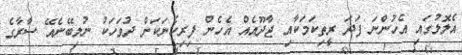
އެލޮލުގައި އެހުންނަ ފަދަ ރީތިކަމަކާއި ޖާދޫއެއް އެހެން ފިރިހެނަކަށް ދުވަހަކު ނުލިބޭނެއޭ ސާރާގެ